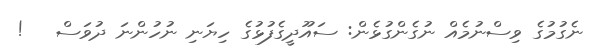
ނެގުމުގެ ވިސްނުމެއް ނުގެންގުޅެން: ސައޫދީގެފުޅުގެ ހިޔަނި ނުހުންނަ ދުވަސް   !